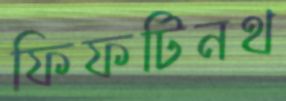
ফিফটিনথ